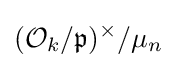
({\mathcal {O}}_{k}/{\mathfrak {p}})^{\times }/\mu _{n}